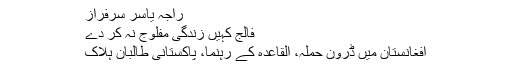
راجہ یاسر سرفراز
فالج کہیں زندگی مفلوج نہ کر دے
افغانستان میں ڈرون حملہ، القاعدہ کے رہنما، پاکستانی طالبان ہلاک